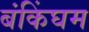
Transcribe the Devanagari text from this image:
बंकिंघम